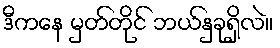
ဒီကနေ မှတ်တိုင် ဘယ်နှခုရှိလဲ။